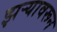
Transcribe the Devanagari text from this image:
झऱ्यावरून